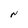
Character: N